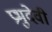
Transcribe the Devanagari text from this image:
प्रभुदेवी